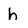
Character: h